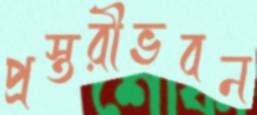
প্রস্তরীভবন